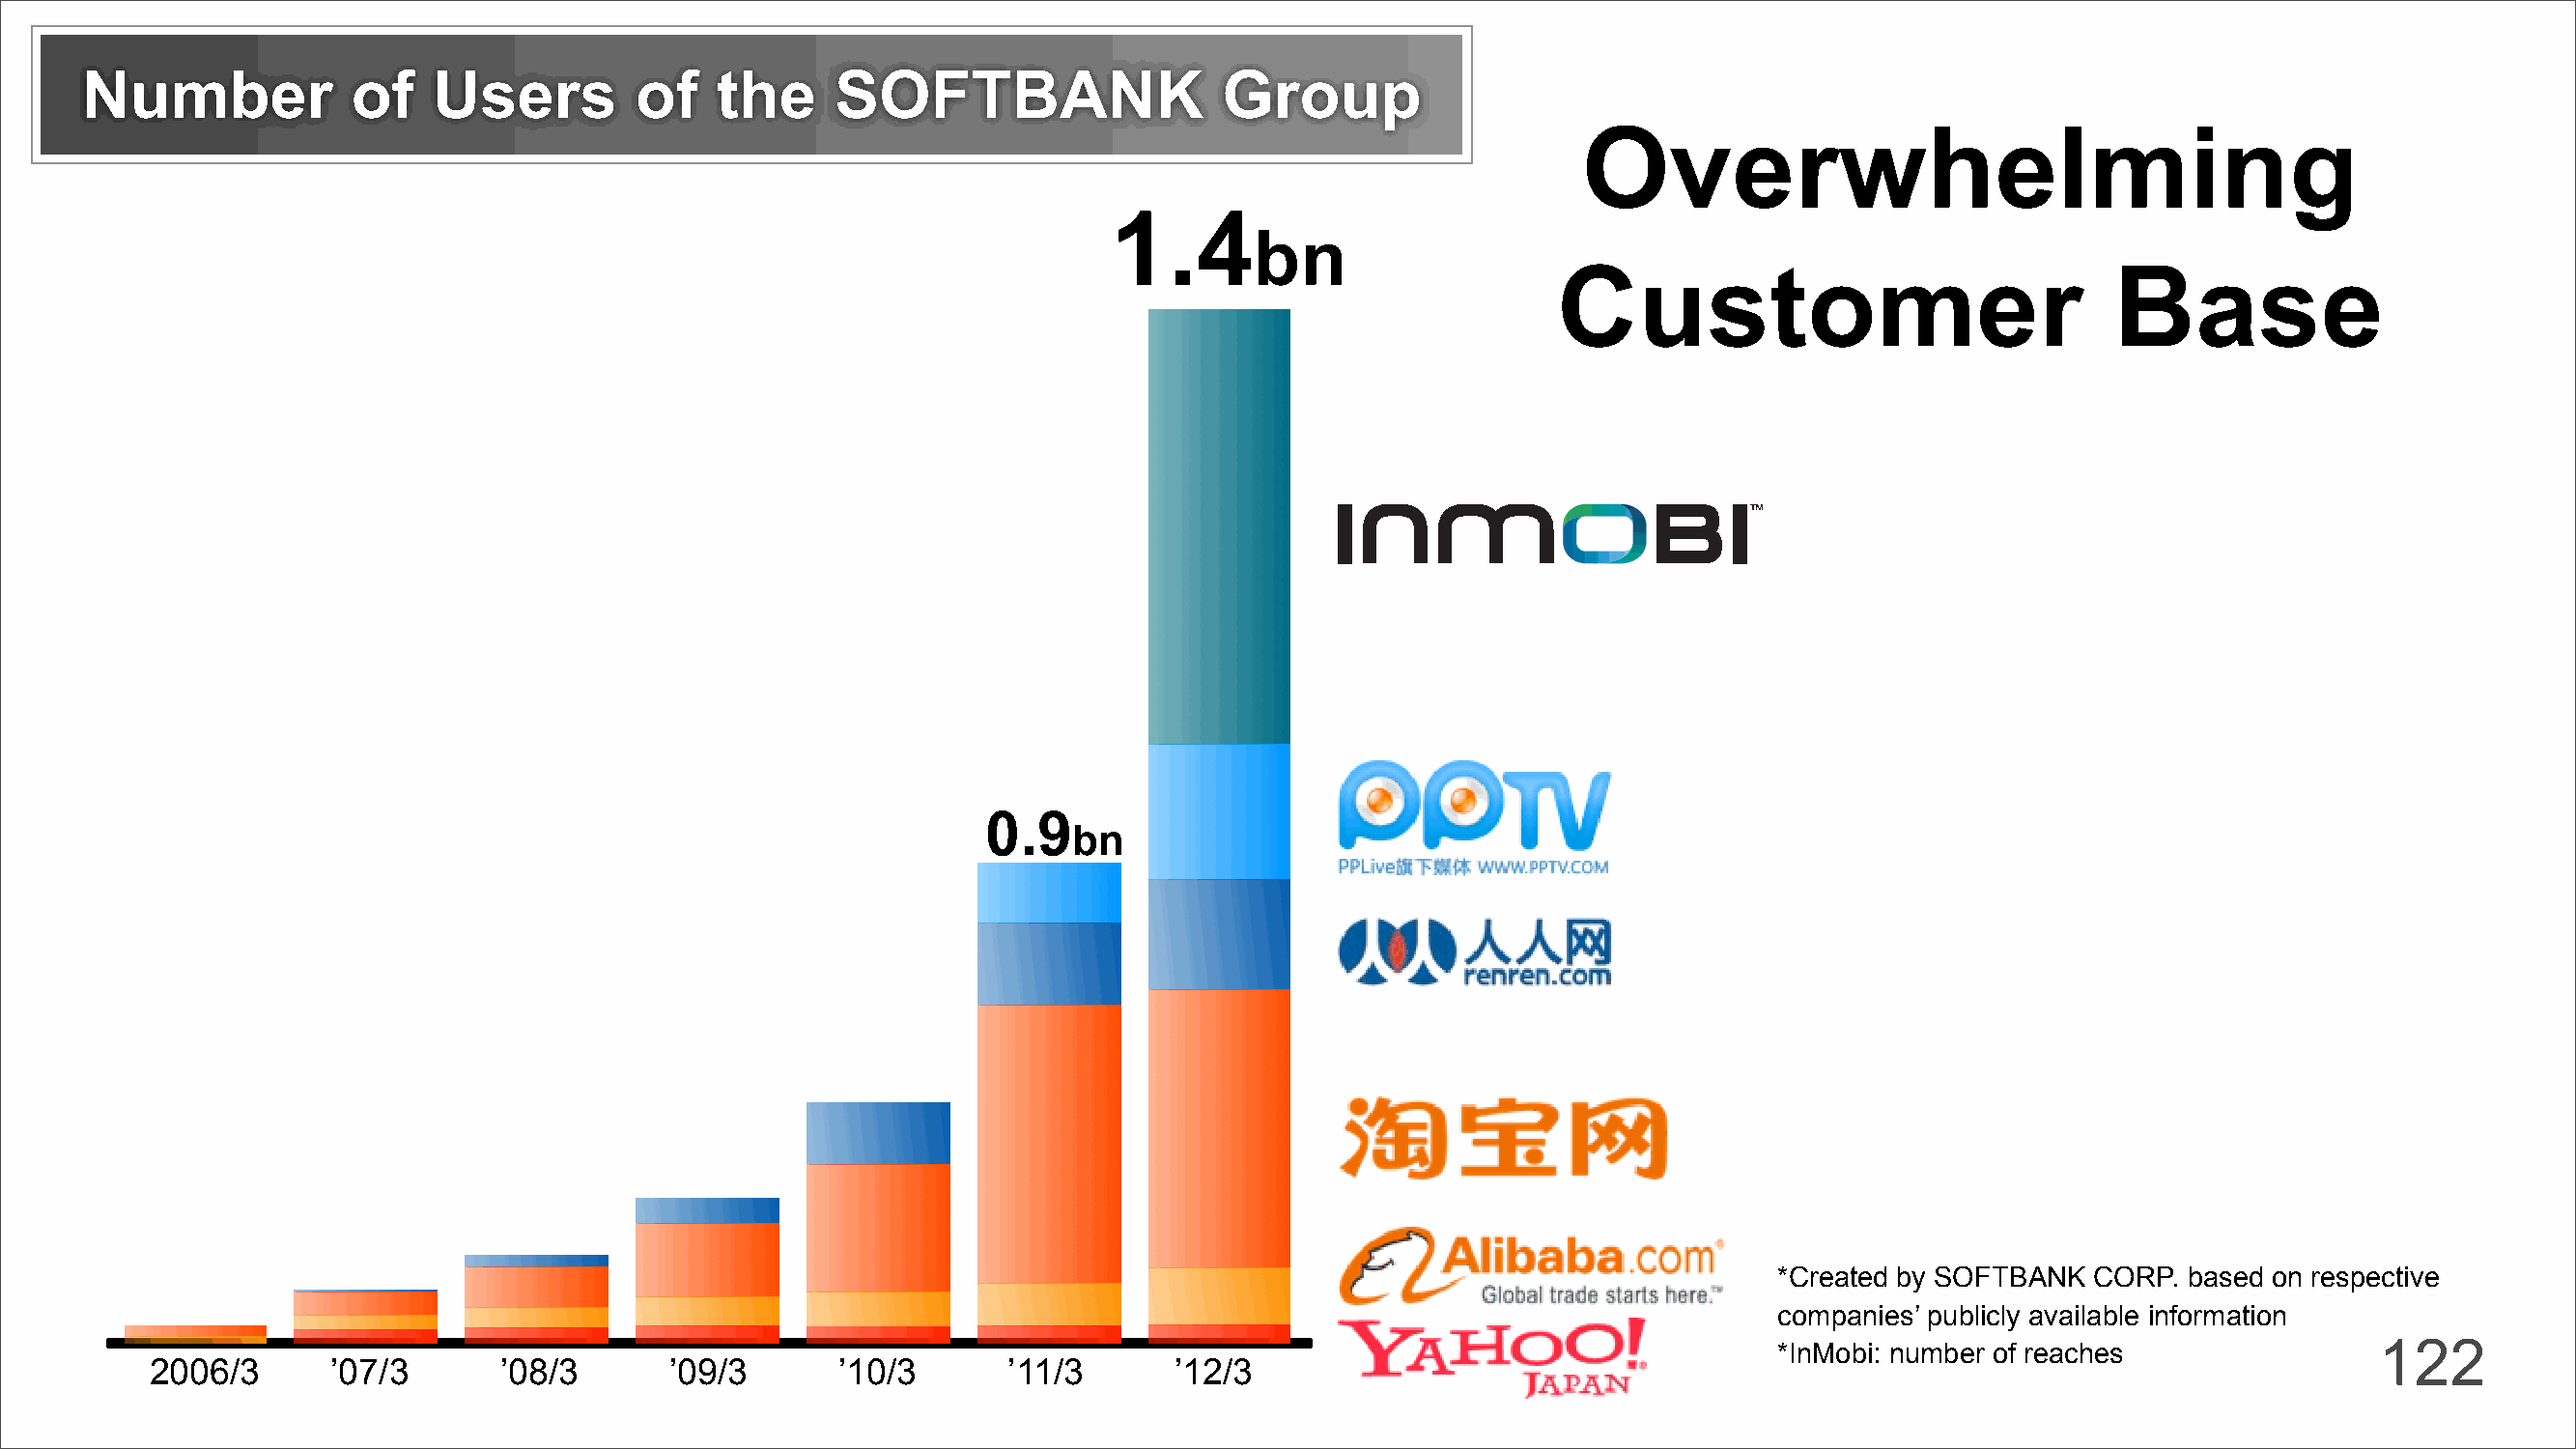
Number            of    Users         of   the     SOFTBANK                   Group
 Overwhelming
 1.4
 bn
 Customer                              Base
 0.9
 bn
 *Created by SOFTBANK  CORP. based on respective
 companies’ publicly available information
 122
 *InMobi: number of reaches
 2006/3       ’07/3      ’08/3       ’09/3      ’10/3       ’11/3      ’12/3